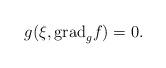
LaTeX: \begin{align*} g(\xi,{\rm grad} _g f)=0.\end{align*}